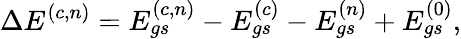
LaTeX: \Delta E^{(c,n)}=E_{gs}^{(c,n)}-E_{gs}^{(c)}-E_{gs}^{(n)}+E_{gs}^{(0)},